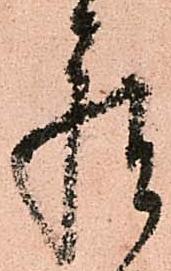
座